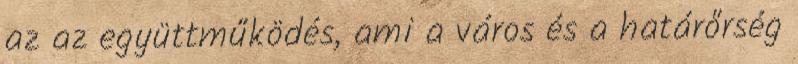
az az együttműködés, ami a város és a határőrség